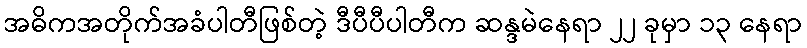
အဓိကအတိုက်အခံပါတီဖြစ်တဲ့ ဒီပီပီပါတီက ဆန္ဒမဲနေရာ ၂၂ ခုမှာ ၁၃ နေရာ